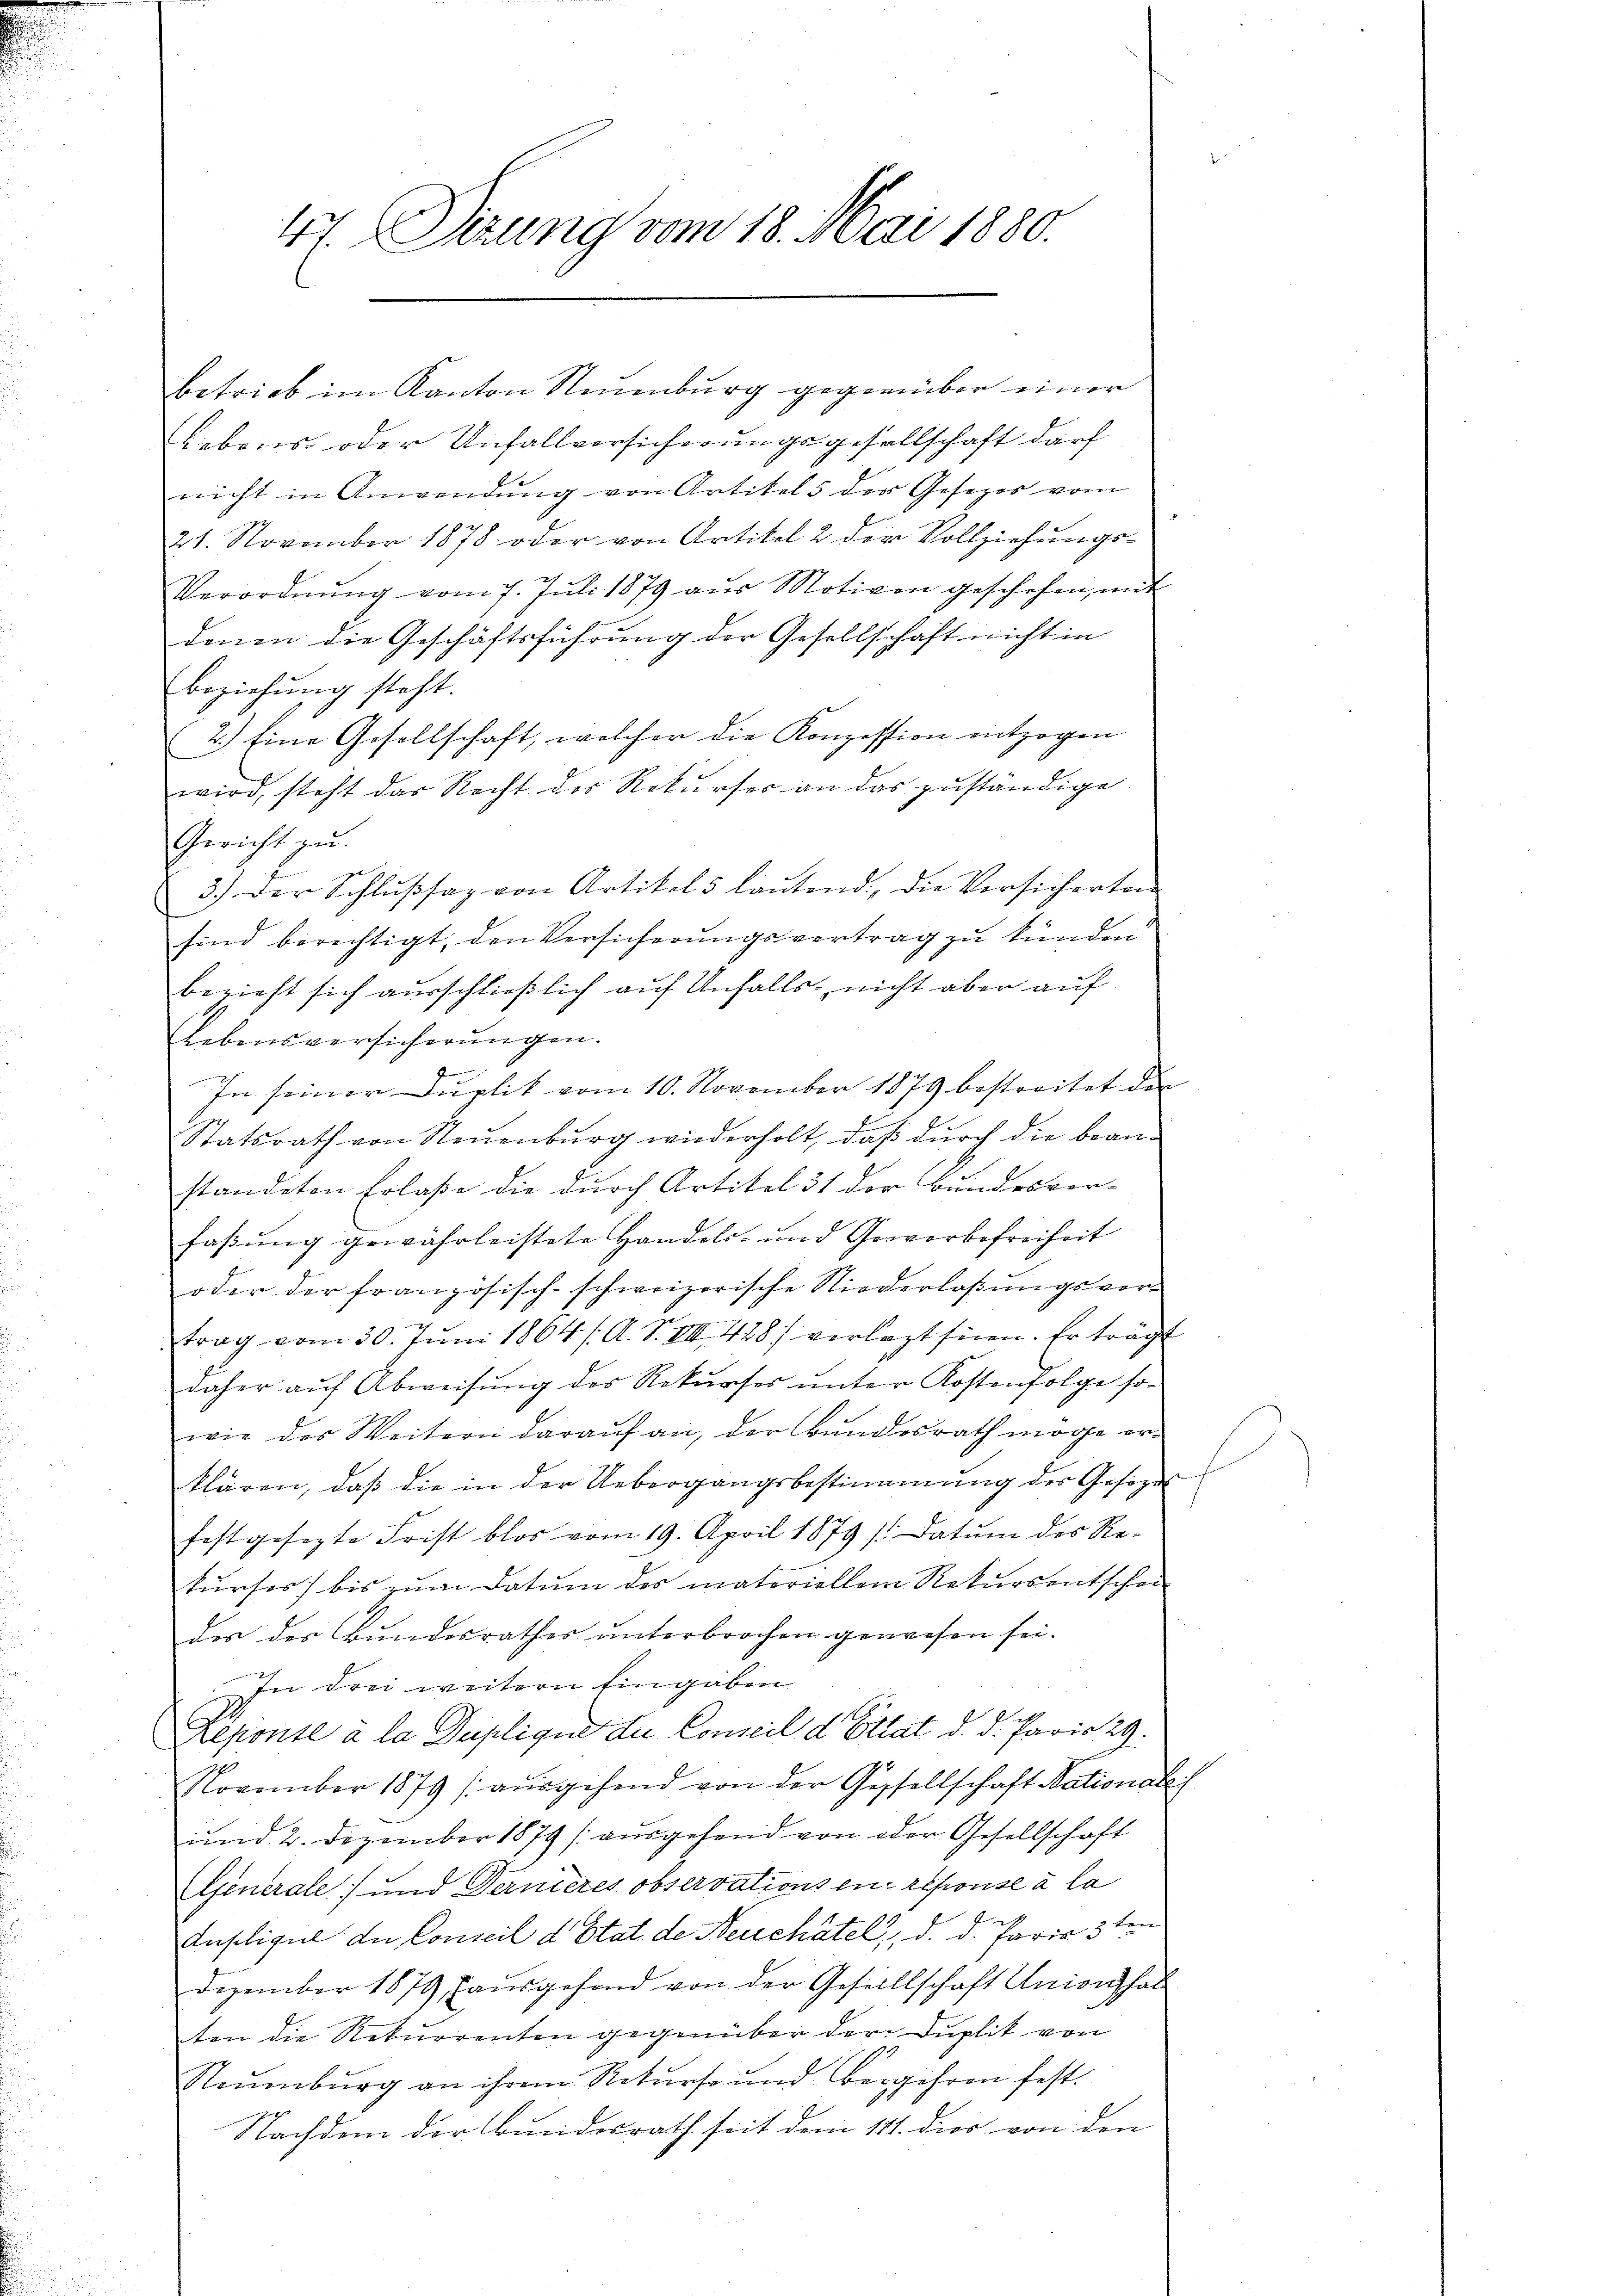
41. Dirung vom 18. Mai 1880.

betrieb im Kanton Neuenburg gegenüber einer
Lebons oder Unfallversicherungsgesellschaft darf
nicht in Anwendung von Artikel 5 der Gesetzes vom
21. November 1878 oder von Artikel 2 der Vollziehungs-
Verordnŭng vom 7. Jŭli 1879 aŭs Motiven geschehen, mit
denen die Geschäftsführung der Gesellschaft nicht in
Beziehung steht.
2.) Eine Gesellschaft, welcher die Konzession entzogen
wird, steht das Recht der Rekurses an das zuständige
Gericht zu.
3.) Der Schlŭβsaz von Artikel 5 laŭtend die Versicherten
sind berechtigt, den Versicherungsvertrag zu künden
bezieht sich ausschließlich auf Unfalls nicht aber auf
Lebensversicherungen.
e
In seiner Duplik vom 10. November 1879 bestreitet der
Statsrath von Neuenburg wiederholt, daß durch die beanstandeten Erlaße die durch Artikel 31 der Bundesvor-
faßung gewährleistete Handels- und Gervorbofreiheit
oder der französisch-schweizerische Niederlaßungsvertrag vom 30. Juni 1864 / A. S. III 428) verlast seien. Er trägt
daher aŭf Abweisŭng des Rekŭrses ŭnter Kostenfolge so-
wie des Weitern darauf an, der Bundesrath möge erklären, daß die in der Uebergangsbestimmung der Gesezes
festgesezte Frist blos vom 19. April 1879 / Datum des Re-
kŭrses) bis zŭm Datum des materiellem Rekursentschen
der der Bundesrathes unterbrochen gewesen sei.
In drei weitern Eingaben
Reponte à la Duplique du Conseil d. Ellat d. d. Paris 29.
November 1879 aŭsgehend von der Gesellschaft Nationalei
und 2. Dezember 1879 aŭsgehend von oder Gesellschaft
Generale) und Dernieres observations ein repouse à la
Insolicul der Conseil d’Etat de Neuchâtel, d. d. Paria 3ten
Dezember 1879 ausgefand von der Gesellschaft Union hal
ten die Rekurrenten gegenüber der Duplik von
Neuenburg an ihrem Rekurse und Bergehren fest.
Nachdem der Bundesrath seit dem 11. dies von den